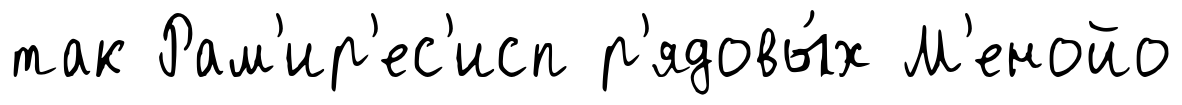
так Рам'ир'ес'исп р'ядовы́х М'енойо